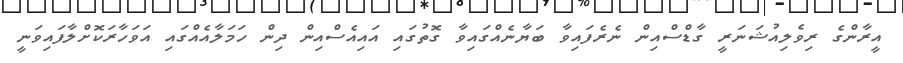
އީރާންގެ ރިވެލިއުޝަނަރީ ގާޑްސްއިން ނެރެފައިވާ ބަޔާނެއްގައިވާ ގޮތުގައި އައިއެސްއިން ދިން ހަމަލާއެއްގައި އަވަހާރަކޮށްލާފައިވަނީ